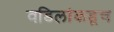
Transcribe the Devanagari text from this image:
वडिलांकडूच